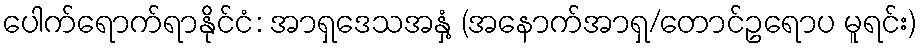
ပေါက်ရောက်ရာနိုင်ငံ: အာရှဒေသအနှံ့ (အနောက်အာရှ/တောင်ဥရောပ မူရင်း)